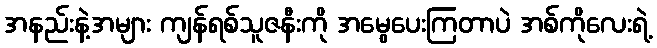
အနည်းနဲ့အများ ကျန်ရစ်သူဇနီးကို အမွေပေးကြတာပဲ အစ်ကိုလေးရဲ့